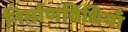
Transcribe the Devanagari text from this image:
निर्माणविधियाँ